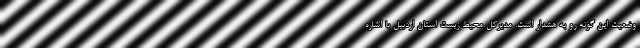
وضعیت این گونه رو به هشدار است. مدیرکل محیط زیست استان اردبیل با اشاره